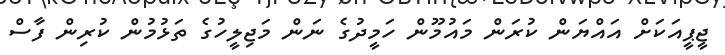
ޖީޕީއަކަށް އައްޔަން ކުރަން މައުމޫން ހަމީދުގެ ނަން މަޖިލީހުގެ ތަޅުމުން ކުރިން ފާސް